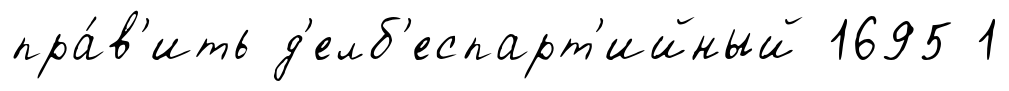
пра́в'ить д'елб'еспарт'ийный 1695 1